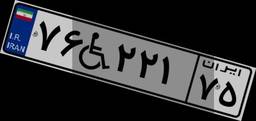
۷۶W۲۲۱۷۵